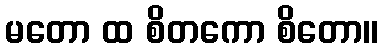
မတော ထ စိတကော စိတော။